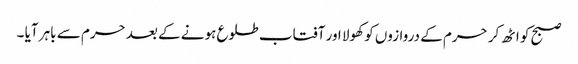
صبح کو اٹھ کر حرم کے دروازوں کو کھولا اور آفتاب طلوع ہونے کے بعد حرم سے باہر آیا ۔